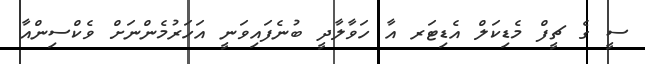
ސީ ގެ ޗީފް މެޑިކަލް އެޑިޓަރ އާ ހަވާލާދީ ބުނެފައިވަނީ އަހަރުމެންނަށް ވެކްސިންއާ